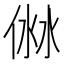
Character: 𠊥